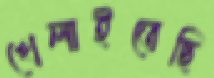
খেলাইতেছি